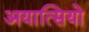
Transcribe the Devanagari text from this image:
अयात्सियो